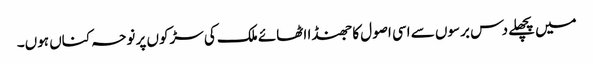
میں پچھلے دس برسوں سے اسی اصول کا جھنڈا اٹھائے ملک کی سڑکوں پر نوحہ کناں ہوں۔